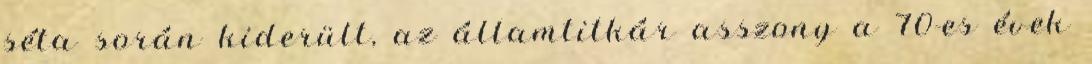
séta során kiderült, az államtitkár asszony a 70-es évek